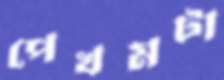
পেখমটা